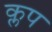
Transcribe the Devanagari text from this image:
क्लप